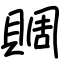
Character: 賙